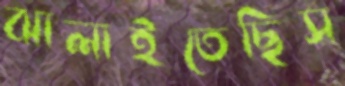
ঝালাইতেছিস